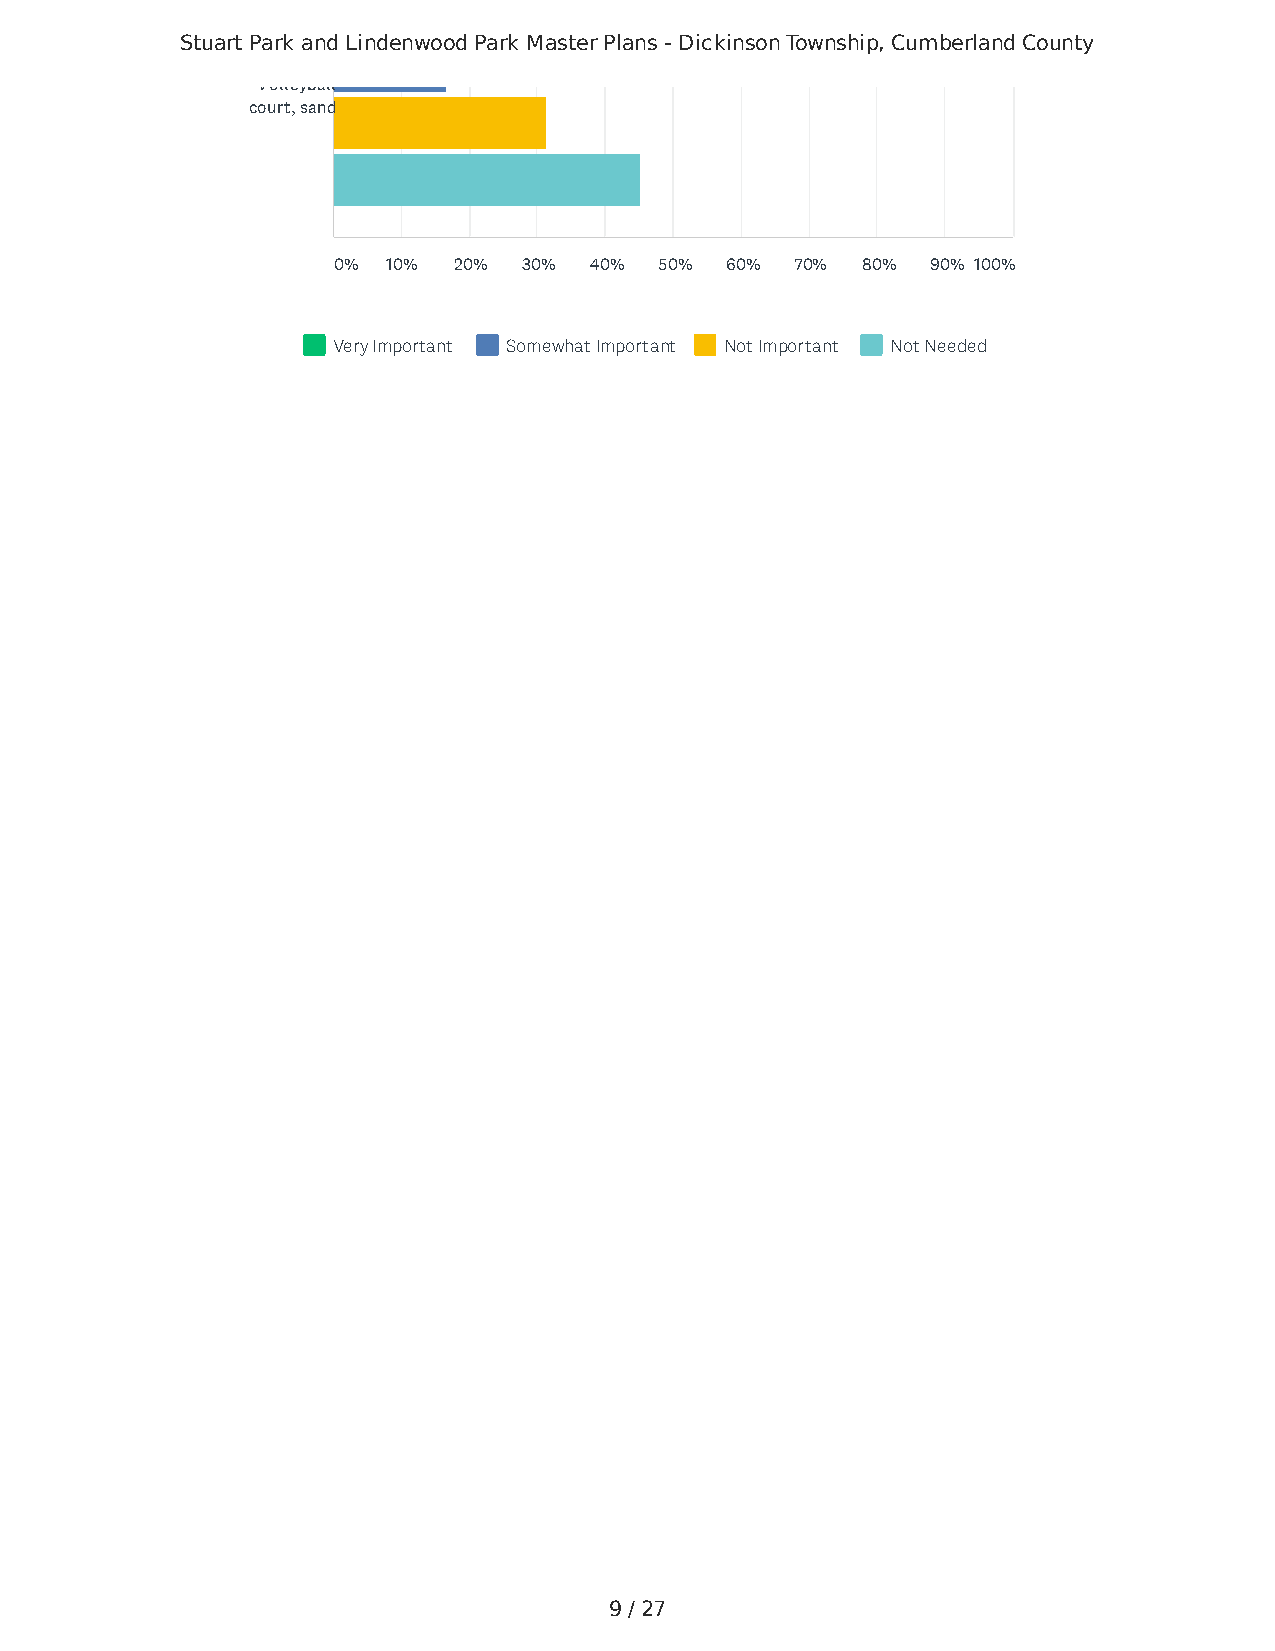
Stuart Park and Lindenwood Park Master Plans - Dickinson Township, Cumberland County
 Volleyball
 court, sand
 0%  10% 20%  30% 40%  50% 60%  70% 80%  90% 100%
 Very Important Somewhat Important Not Important Not Needed
 9 / 27